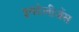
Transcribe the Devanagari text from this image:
इनटेलीजेंस